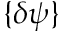
\{ \delta \psi \}